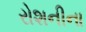
રોશનીના